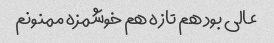
عالی بود هم تازه هم خوشمزه ممنونم